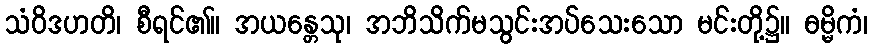
သံဝိဒဟတိ၊ စီရင်၏။ အယန္တေသု၊ အဘိသိက်မသွင်းအပ်သေးသော မင်းတို့၌။ ဓမ္မိကံ၊